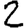
Digit: 2